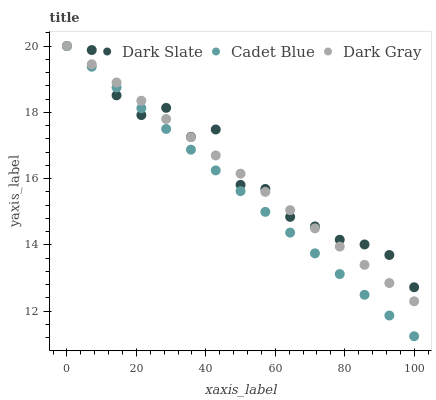
| xaxis_label | Dark Slate | Cadet Blue | Dark Gray |
 | --- | --- | --- | --- |
 | 0 | 20 | 20 | 20 |
 | 7.14 | 19.9 | 19.4 | 19.4 |
 | 14.3 | 18.5 | 18.7 | 18.9 |
 | 21.4 | 17.9 | 18.1 | 18.3 |
 | 28.6 | 18.1 | 17.5 | 17.8 |
 | 35.7 | 17.3 | 16.9 | 17.2 |
 | 42.9 | 17.5 | 16.2 | 16.7 |
 | 50 | 15.8 | 15.6 | 16.1 |
 | 57.1 | 15.7 | 15 | 15.6 |
 | 64.3 | 14.8 | 14.4 | 15 |
 | 71.4 | 14.6 | 13.7 | 14.5 |
 | 78.6 | 14.2 | 13.1 | 13.9 |
 | 85.7 | 14 | 12.5 | 13.4 |
 | 92.9 | 13.7 | 11.9 | 12.8 |
 | 100 | 12.7 | 11.2 | 12.3 |